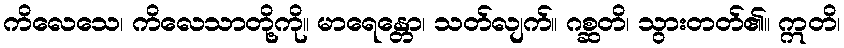
ကိလေသေ၊ ကိလေသာတို့ကို။ မာရေန္တော၊ သတ်လျက်။ ဂစ္ဆတိ၊ သွားတတ်၏။ ဣတိ၊